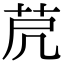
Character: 𦭀